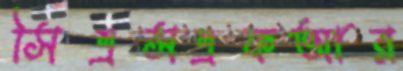
সিএসএফআর